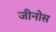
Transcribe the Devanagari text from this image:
जीनोस